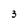
Character: 3